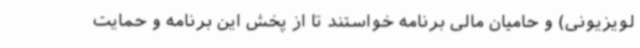
لویزیونی) و حامیان مالی برنامه خواستند تا از پخش این برنامه و حمایت